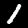
Label: 1